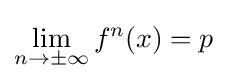
\lim _{n\rightarrow \pm \infty }f^{n}(x)=p